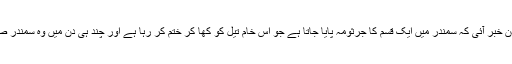
پھر ایک دن خبر آئی کہ سمندر میں ایک قسم کا جرثومہ پایا جاتا ہے جو اس خام تیل کو کھا کر ختم کر رہا ہے اور چند ہی دن میں وہ سمندر صاف ہوگیا۔